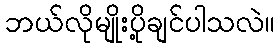
ဘယ်လိုမျိုးပို့ချင်ပါသလဲ။